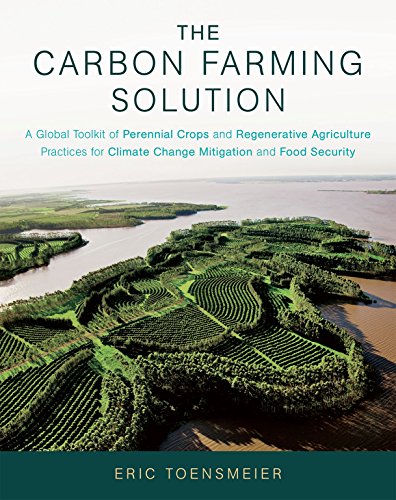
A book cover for The Carbon Farming Solution: A Global Toolkit of Perennial Crops and Regenerative Agriculture Practices for Climate Change Mitigation and Food Security; Eric Toensmeier; Crafts, Hobbies & Home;